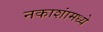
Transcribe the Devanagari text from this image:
नकाशांमध्ये